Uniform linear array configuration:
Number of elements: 24
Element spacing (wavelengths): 0.75
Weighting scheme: exponential
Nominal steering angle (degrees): -45
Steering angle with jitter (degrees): -45.164
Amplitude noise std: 0.05
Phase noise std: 0.05

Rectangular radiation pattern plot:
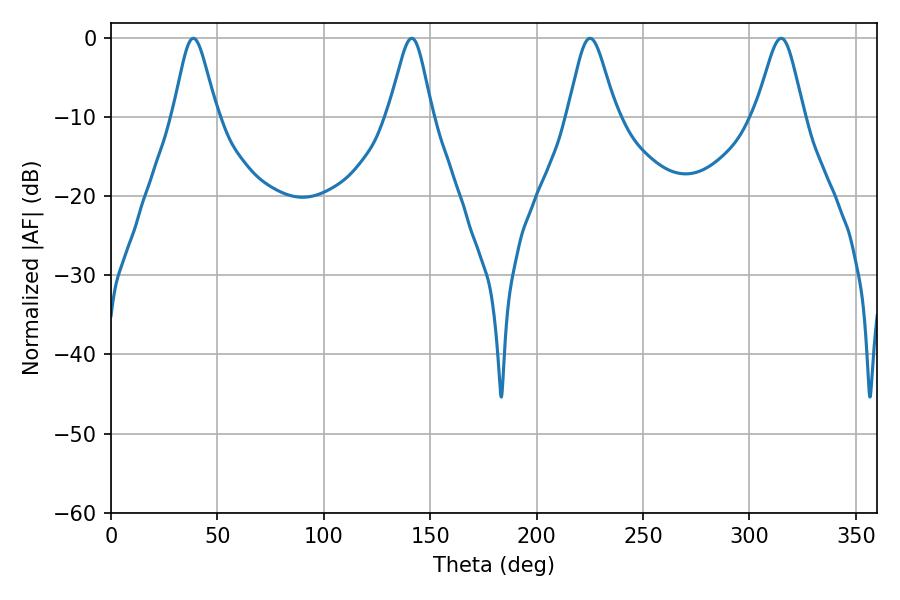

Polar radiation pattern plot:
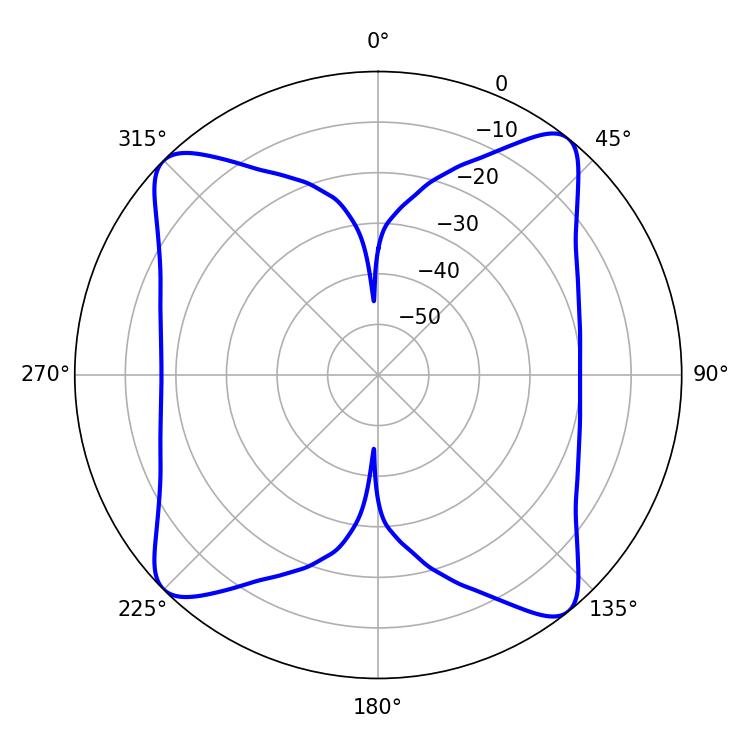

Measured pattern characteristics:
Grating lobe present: TRUE
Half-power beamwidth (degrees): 9.9
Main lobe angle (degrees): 38.7